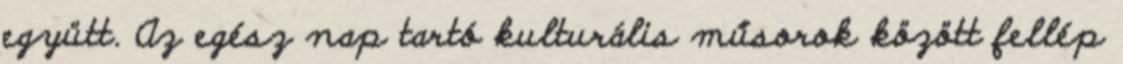
együtt. Az egész nap tartó kulturális műsorok között fellép